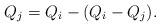
LaTeX: \begin{align*}Q_j=Q_i-(Q_i-Q_j).\end{align*}